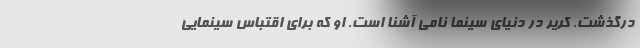
درگذشت. کریر در دنیای سینما نامی آشنا است. او که برای اقتباس سینمایی